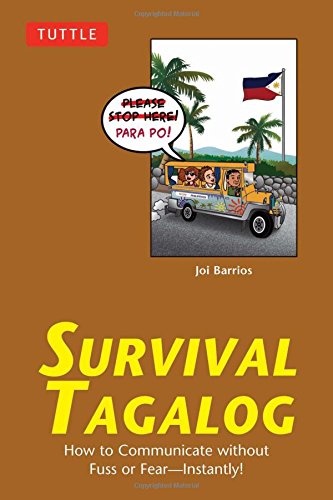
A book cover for Survival Tagalog: How to Communicate without Fuss or Fear - Instantly! (Tagalog Phrasebook) (Survival Series); Joi Barrios; Travel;